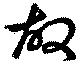
故